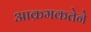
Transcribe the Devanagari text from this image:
आक्रमकतेने